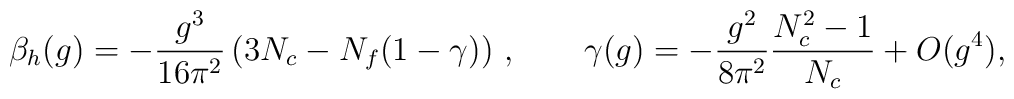
{\beta_h}(g) = - { g^3 \over 16\pi^2}  \left(  3 N_c -    N_f  (1- \gamma)  \right)     \, ,\qquad \gamma(g) =   - {g^2 \over  8 \pi^2}  {N_c^2 -1 \over  N_c}  + O(g^4),